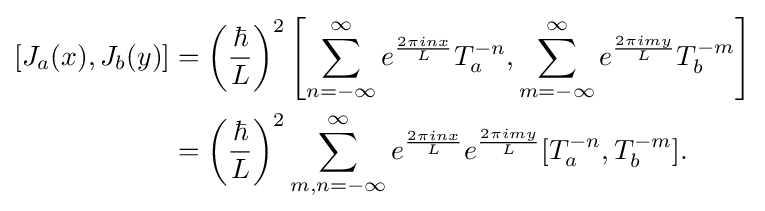
{\begin{aligned}[][J_{a}(x),J_{b}(y)]&=\left({\frac {\hbar }{L}}\right)^{2}\left[\sum _{n=-\infty }^{\infty }e^{\frac {2\pi inx}{L}}T_{a}^{-n},\sum _{m=-\infty }^{\infty }e^{\frac {2\pi imy}{L}}T_{b}^{-m}\right]\\&=\left({\frac {\hbar }{L}}\right)^{2}\sum _{m,n=-\infty }^{\infty }e^{\frac {2\pi inx}{L}}e^{\frac {2\pi imy}{L}}[T_{a}^{-n},T_{b}^{-m}].\end{aligned}}